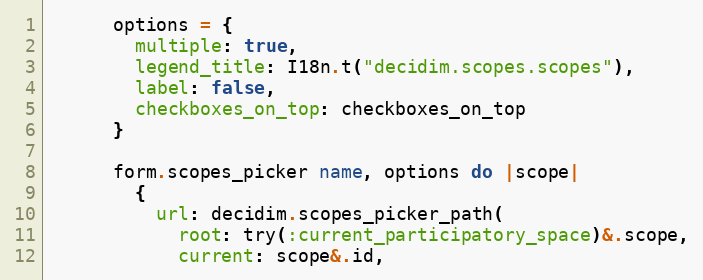
Language: Ruby
      options = {
        multiple: true,
        legend_title: I18n.t("decidim.scopes.scopes"),
        label: false,
        checkboxes_on_top: checkboxes_on_top
      }

      form.scopes_picker name, options do |scope|
        {
          url: decidim.scopes_picker_path(
            root: try(:current_participatory_space)&.scope,
            current: scope&.id,